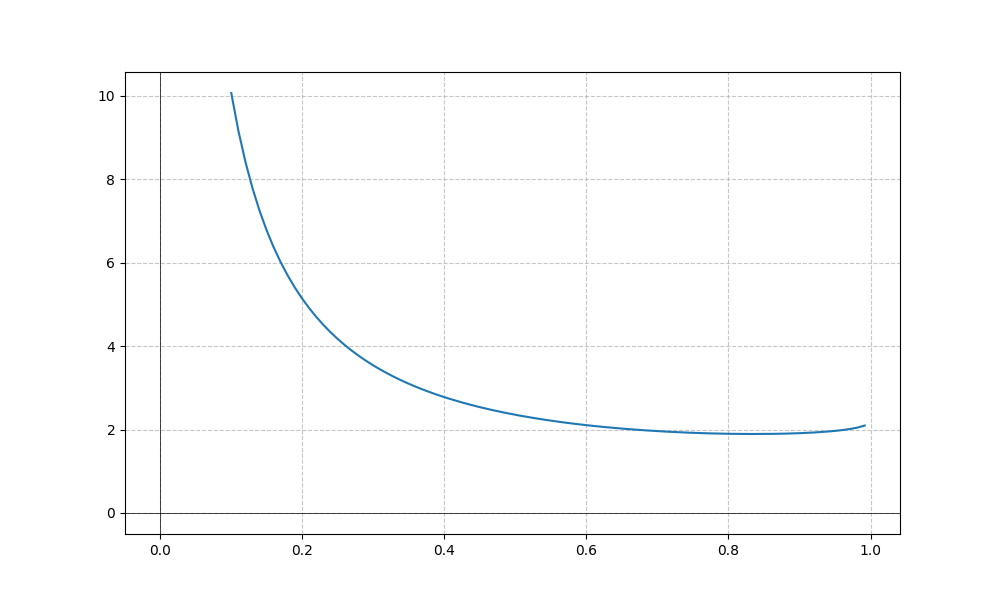
LaTeX formula: \cot{\left(x \right)} + \operatorname{asin}{\left(x \right)}